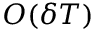
O ( \delta T )